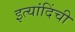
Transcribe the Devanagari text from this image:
इत्यांदिंची